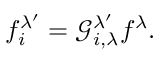
f _ { i } ^ { \lambda ^ { \prime } } = \mathcal { G } _ { i , \lambda } ^ { \lambda ^ { \prime } } f ^ { \lambda } .